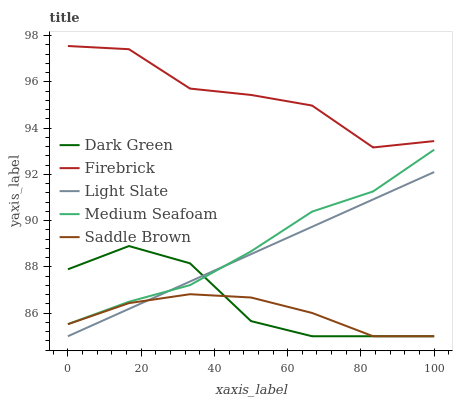
| xaxis_label | Dark Green | Firebrick | Light Slate | Medium Seafoam | Saddle Brown |
 | --- | --- | --- | --- | --- | --- |
 | 0 | 87.9 | 97.6 | 85 | 85.5 | 85.5 |
 | 16.7 | 88.9 | 97.4 | 86.2 | 86.5 | 86.4 |
 | 33.3 | 88.2 | 95.7 | 87.4 | 87.2 | 86.8 |
 | 50 | 85.7 | 95.4 | 88.6 | 88.7 | 86.7 |
 | 66.7 | 85 | 95 | 89.7 | 90.4 | 86 |
 | 83.3 | 85 | 93.2 | 90.9 | 91.3 | 85 |
 | 100 | 85 | 93.4 | 92.1 | 93.1 | 85 |